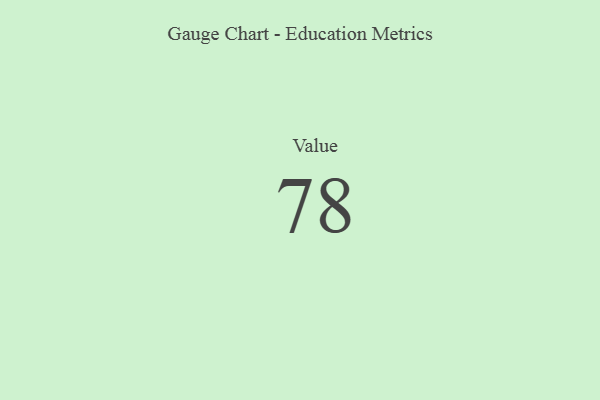
{"axis": {"x": "Metric", "y": "Value"}, "legend": [""], "data": [{"x": "Value", "y": 78, "type": ""}]}